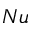
N u